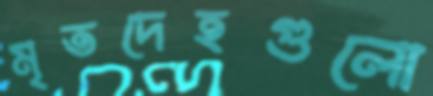
মৃতদেহগুলো